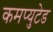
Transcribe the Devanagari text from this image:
कमप्युटेड